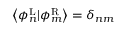
\left\langle { \phi _ { n } ^ { \mathrm { { L } } } | \phi _ { m } ^ { \mathrm { { R } } } } \right\rangle = { \delta _ { n m } }